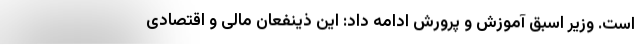
است. وزیر اسبق آموزش و پرورش ادامه داد: این ذینفعان مالی و اقتصادی